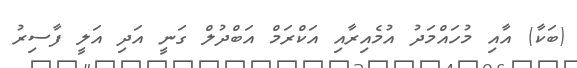
(ބަކާ) އާއި މުހައްމަދު އުމެއިރާއި އަކްރަމް އަބްދުލް ގަނީ އަދި އަލީ ފާސިރު